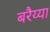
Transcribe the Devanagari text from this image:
बरैय्या